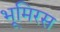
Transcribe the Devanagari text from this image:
भूमिरस